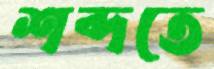
শব্দতে